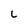
Character: L